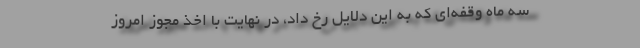
سه ماه وقفه‌ای که به این دلایل رخ داد، در نهایت با اخذ مجوز امروز